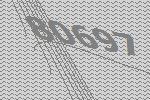
80697